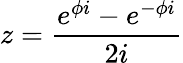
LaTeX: z={\frac{e^{\phi i}-e^{-\phi i}}{2i}}